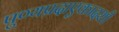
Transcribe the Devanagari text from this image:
पुण्यप्रदाएकादशी